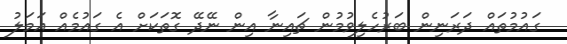
ގައުމުތައް ދަރަނިން ބަރުހެލިވުމުން ޗައިނާ އިން ނޭދޭ ގޮތަކަށް އެ ގައުމެއް އަމަލު